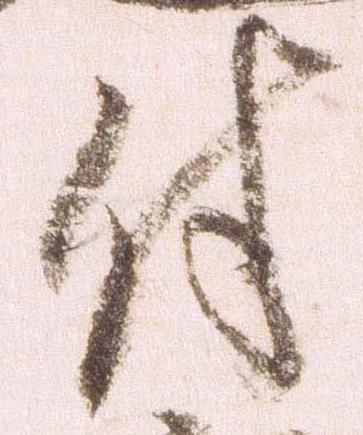
付